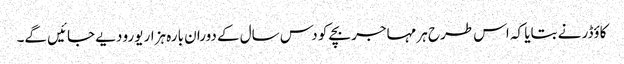
کاؤڈر نے بتایا کہ اس طرح ہر مہاجر بچے کو دس سال کے دوران بارہ ہزار یورو دیے جائیں گے۔